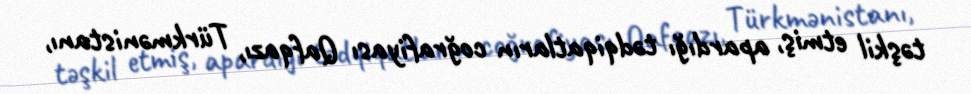
təşkil etmiş, apardığı tədqiqatların coğrafiyası Qafqazı, Türkmənistanı,